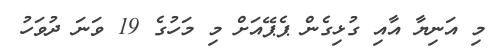
މި އަނިޔާ އާއި ގުޅިގެން ޕެޕޭއަށް މި މަހުގެ 19 ވަނަ ދުވަހު